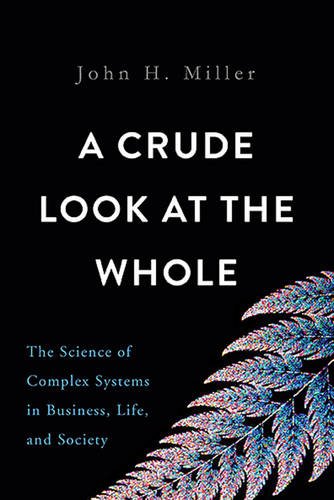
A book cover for A Crude Look at the Whole: The Science of Complex Systems in Business, Life, and Society; John H. Miller; Science & Math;